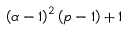
\left( \alpha - 1 \right) ^ { 2 } \left( p - 1 \right) + 1